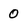
Character: 0